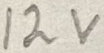
Text: 12V